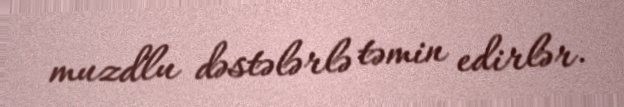
muzdlu dəstələrlə təmin edirlər.